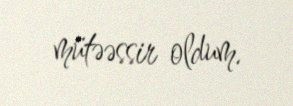
mütəəssir oldum.